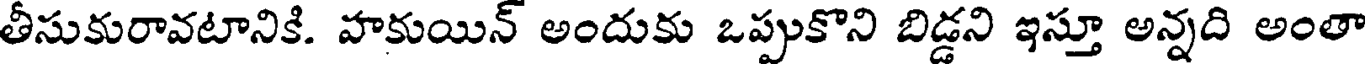
తీసుకురావటానికి. హకుయిన్ అందుకు ఒప్పుకొని బిడ్డని ఇస్తూ అన్నది అంతా